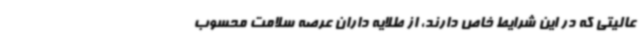
عالیتی که در این شرایط خاص دارند، از طلایه داران عرصه سلامت محسوب